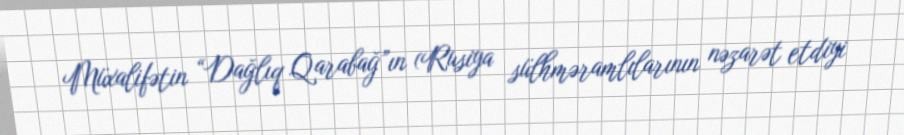
Müxalifətin “Dağlıq Qarabağ”ın (Rusiya sülhməramlılarının nəzarət etdiyi